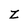
Character: Z